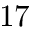
1 7